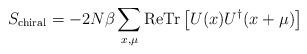
LaTeX: \begin{align*}S_{\rm chiral}=-2N\beta\sum_{x,\mu} {\rm Re}{\rm Tr}\left[ U(x) U^\dagger(x+\mu)\right]\end{align*}